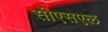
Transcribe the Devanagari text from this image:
सीएसएल